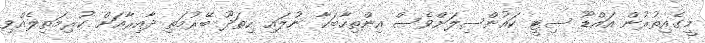
މީގެއިތުރުން އައްޑޫ ސިޓީ ކައުންސިލަށްވެސް އިންތިހާބަކާ ނުލައި ހިތަދޫ ބޭރުމަތި ދާއިރާއަށް ކުރިމަތިލެއްވި